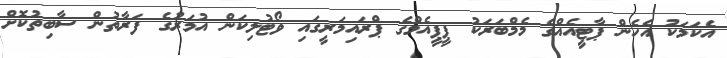
އެކަމަކު އެހެން ޕާޓީއެއްގެ މެމްބަރަކު ޕީޕީއެމްގެ ޕްރައިމަރީގައި ވޯޓުލިކަން އުމަރުގެ ފަރާތުން ސާބިތުކޮށް